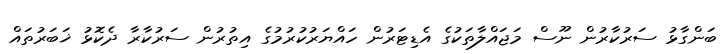
ބަންގާޅު ސަރުކާރުން ނޫސް މަޖައްލާތަކުގެ އެޑިޓަރުން ހައްޔަރުކުރުމުގެ އިތުރުން ސަރުކާރާ ދެކޮޅު ޚަބަރުތައް